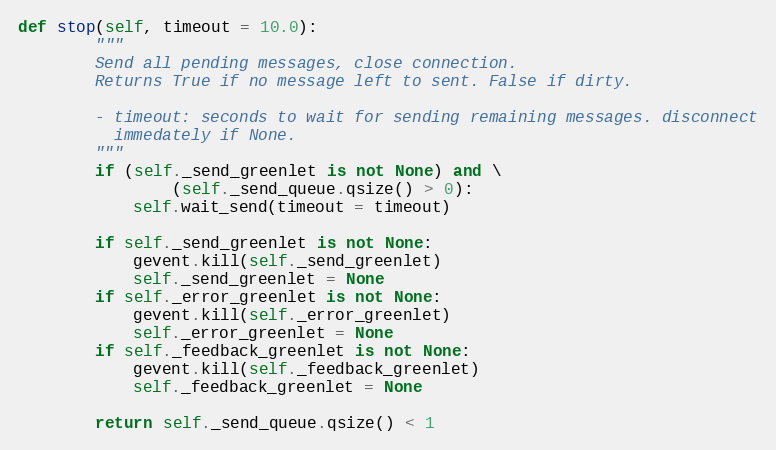
Language: Python
def stop(self, timeout = 10.0):
		"""
		Send all pending messages, close connection.
		Returns True if no message left to sent. False if dirty.

		- timeout: seconds to wait for sending remaining messages. disconnect
		  immedately if None.
		"""
		if (self._send_greenlet is not None) and \
				(self._send_queue.qsize() > 0):
			self.wait_send(timeout = timeout)

		if self._send_greenlet is not None:
			gevent.kill(self._send_greenlet)
			self._send_greenlet = None
		if self._error_greenlet is not None:
			gevent.kill(self._error_greenlet)
			self._error_greenlet = None
		if self._feedback_greenlet is not None:
			gevent.kill(self._feedback_greenlet)
			self._feedback_greenlet = None

		return self._send_queue.qsize() < 1